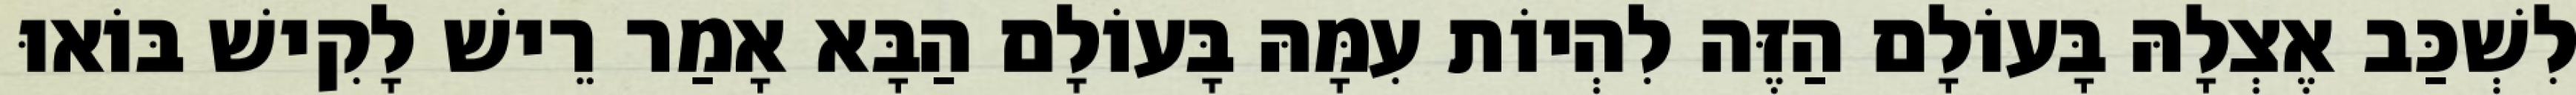
לִשְׁכַּב אֶצְלָהּ בָּעוֹלָם הַזֶּה לִהְיוֹת עִמָּהּ בָּעוֹלָם הַבָּא אָמַר רֵישׁ לָקִישׁ בּוֹאוּ